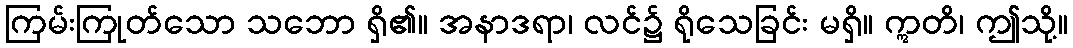
ကြမ်းကြုတ်သော သဘော ရှိ၏။ အနာဒရာ၊ လင်၌ ရိုသေခြင်း မရှိ။ ဣတိ၊ ဤသို့။